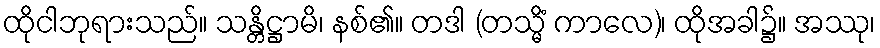
ထိုငါဘုရားသည်။ သန္တိဋ္ဌာမိ၊ နစ်၏။ တဒါ (တသ္မိံ ကာလေ)၊ ထိုအခါ၌။ အဿု၊